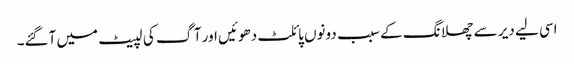
اسی لیے دیر سے چھلانگ کے سبب دونوں پائلٹ دھوئیں اور آگ کی لپیٹ میں آگئے۔